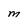
Character: M